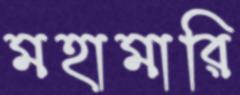
মহামারি